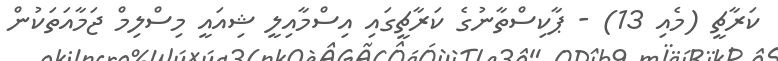
ކަރާޗީ (މެއި 13) - ޕާކިސްތާނުގެ ކަރާޗީގައި އިސްމާއިލީ ޝިއައީ މިސްލިމް ޖަމާއަތަކުން